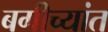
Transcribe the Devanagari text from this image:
बगीच्यांत